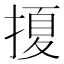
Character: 𭡲